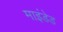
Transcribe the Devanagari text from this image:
माइंडेड